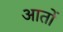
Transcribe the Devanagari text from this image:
आतों